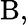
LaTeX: {\mathrm{B}},